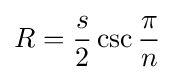
R={\frac {s}{2}}\csc {\frac {\pi }{n}}